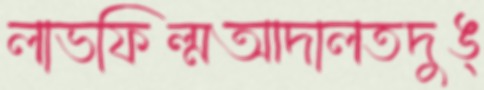
লাভফিল্মআদালতদুঙ্